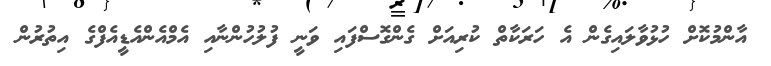
އާންމުކޮށް ހުޅުވާލައިގެން އެ ހަރަކާތް ކުރިއަށް ގެންގޮސްފައި ވަނީ ފުލުހުންނާއި އެމްއެންއެޑީއެފްގެ އިތުރުން